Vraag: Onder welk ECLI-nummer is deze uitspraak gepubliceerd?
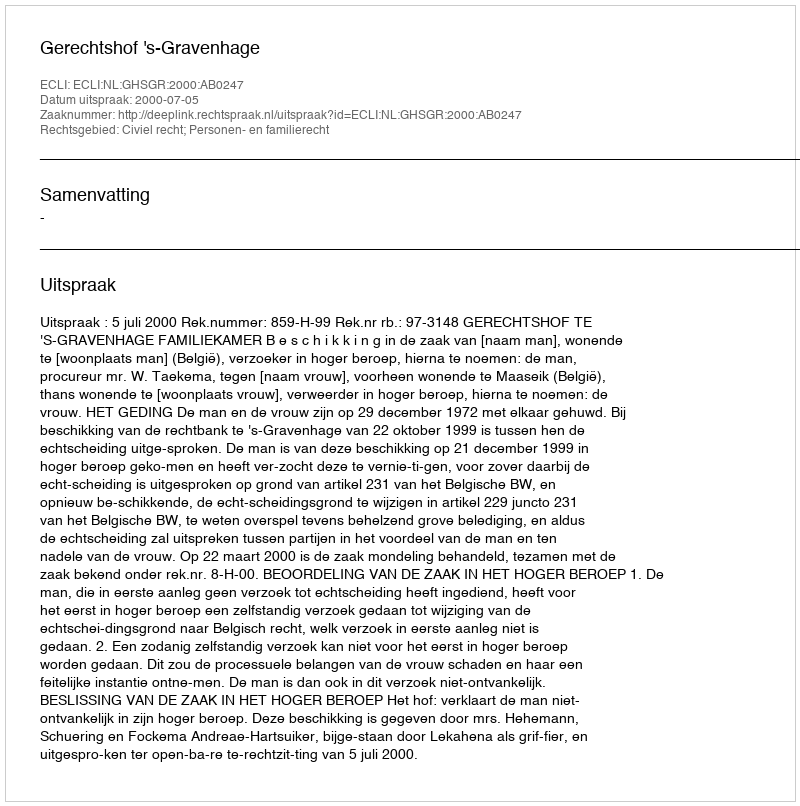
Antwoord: ECLI:NL:GHSGR:2000:AB0247